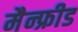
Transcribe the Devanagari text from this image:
मैन्फ्रीड